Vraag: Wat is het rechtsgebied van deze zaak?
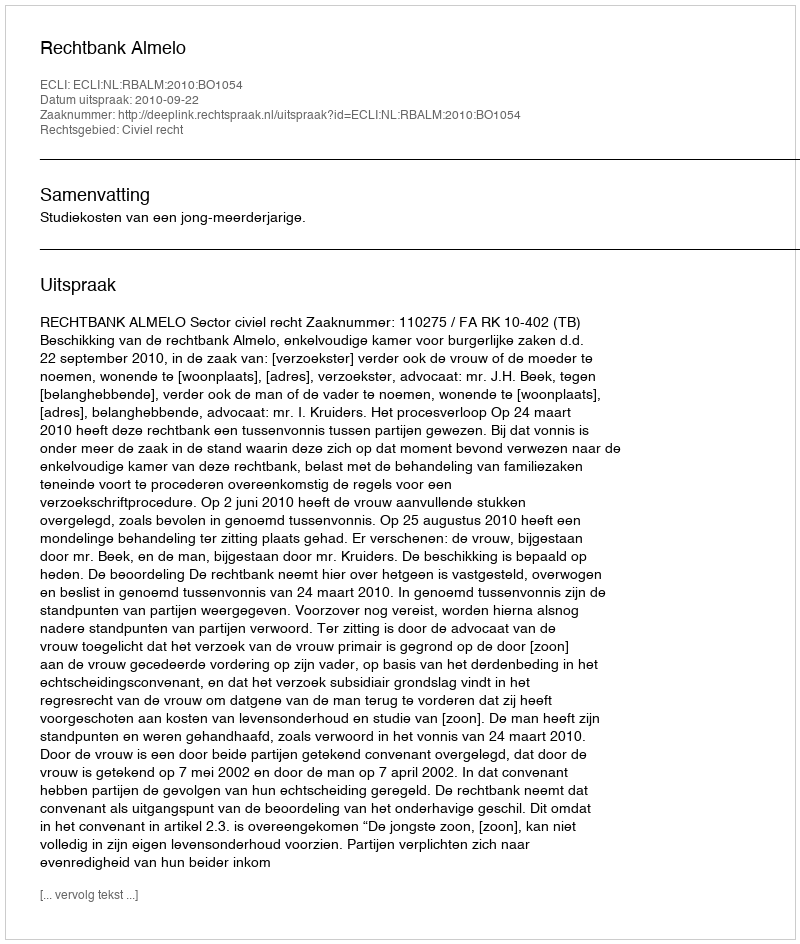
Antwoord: Civiel recht